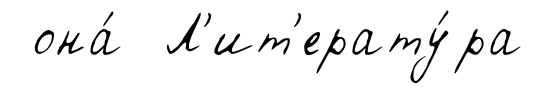
она́ Л'ит'ерату́ра